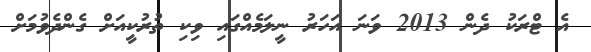
އެ ޓްރަކު ދެން 2013 ވަނަ އަހަރު ނީލަމެއްގައި ވިކި ތުރުކީއަށް ގެންދެވުމަށް